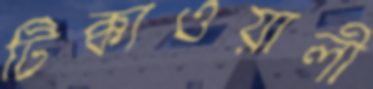
টিক্কাওয়ালী